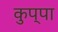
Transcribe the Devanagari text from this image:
कुप्‍पा